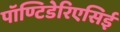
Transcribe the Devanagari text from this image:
पॉण्टिडेरिएसिई